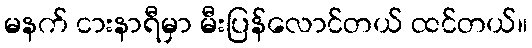
မနက် ငားနာရီမှာ မီးပြန်လောင်တယ် ထင်တယ်။